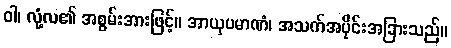
ဝါ၊ လုံ့လ၏ အစွမ်းအားဖြင့်။ အာယုပမာဏံ၊ အသက်အပိုင်းအခြားသည်။